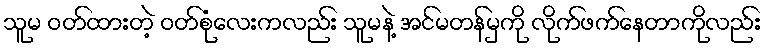
သူမ ဝတ်ထားတဲ့ ဝတ်စုံလေးကလည်း သူမနဲ့ အင်မတန်မှကို လိုက်ဖက်နေတာကိုလည်း